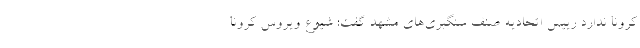
کرونا ندارد رییس اتحادیه صنف سنگبری‌های مشهد گفت: شیوع ویروس کرونا